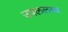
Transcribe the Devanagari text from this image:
उपललब्ध